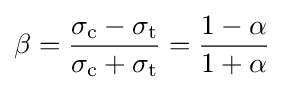
\beta ={\frac {{\sigma _{\text{c}}}-{\sigma _{\text{t}}}}{{\sigma _{\text{c}}}+{\sigma _{\text{t}}}}}={\frac {1-\alpha }{1+\alpha }}